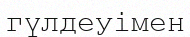
гүлдеуімен